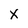
Character: X